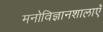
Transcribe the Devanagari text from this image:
मनोविज्ञानशालाएँ